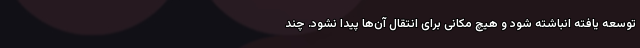
توسعه یافته انباشته شود و هیچ مکانی برای انتقال آن‌ها پیدا نشود. چند